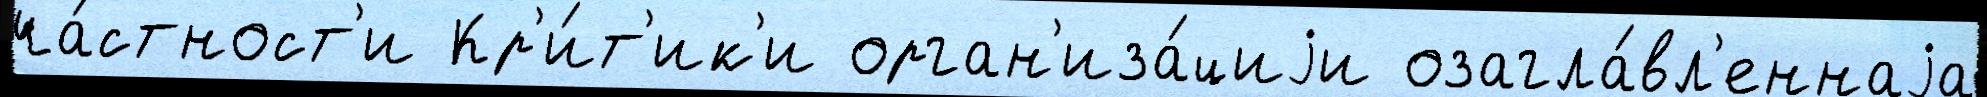
ча́стност'и Кр'и́т'ик'и орган'иза́циjи озагла́вл'еннаjа